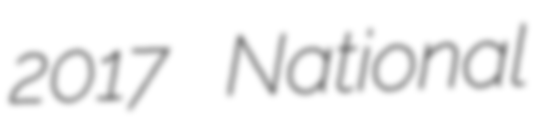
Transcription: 2017 National